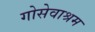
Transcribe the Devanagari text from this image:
गोसेवाश्रम